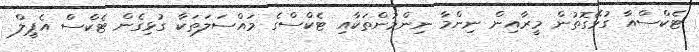
ޓެކްސްއާ ގުޅޭގޮތުން މީރާއިން ނިންމާ ނިންމުންތަކާއި ޓެކްސްގެ މައްސަލަތަކާ ގުޅިގެން ޓެކްސް އެޕީލް